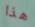
هذا